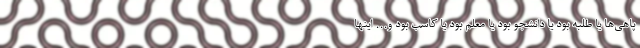
پاهی‌ها یا طلبه بود یا دانشجو بود یا معلم بود یا کاسب بود و... اینها